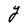
Character: Y